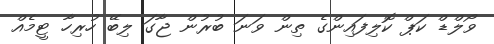
ވޯލްޑް ކަޕް ކޮލިފައިންގެ ތިން ވަނަ ބުރުން ޖާގަ ލިބޭ ހުރިހާ ޓީމެއް